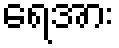
ရေအား